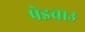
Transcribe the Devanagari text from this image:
पेइचाउ